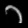
Digit: ၁